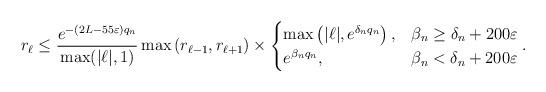
LaTeX: \begin{align*}r_{\ell} \leq \frac{e^{-( 2L-55 \varepsilon) q_{n}}}{\max (|\ell|, 1)} \max \left(r_{\ell-1}, r_{\ell+1}\right) \times \begin{cases}\max \left(|\ell|, e^{\delta_{n} q_{n}}\right), & \beta_{n} \geq \delta_{n}+200 \varepsilon \\ e^{\beta_{n} q_{n}}, & \beta_{n}<\delta_{n}+200 \varepsilon\end{cases}.\end{align*}